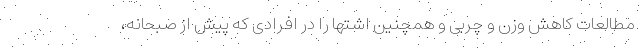
مطالعات کاهش وزن و چربی و همچنین اشتها را در افرادی که پیش از صبحانه،